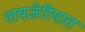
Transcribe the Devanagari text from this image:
नायजेरियात